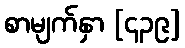
စာမျက်နှာ [၄၃၉]